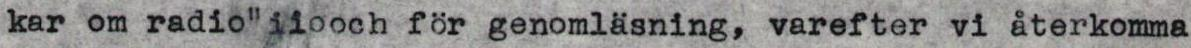
kar om radio" ilo och for genomläsning, varefter vi återkomma